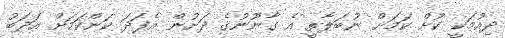
ދިއުމަކީ ކުށް ކަމަށް ނުބަލާތީ އެ ގާނޫނުގެ ދަށުން އެފަދަ ކަންކަމަށް އަދަބު